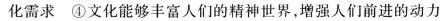
化需求 ④文化能够丰富人们的精神世界，增强人们前进的动力